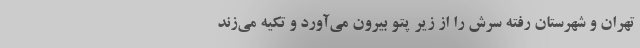
تهران و شهرستان رفته سرش را از زیر پتو بیرون می‌آورد و تکیه می‌زند